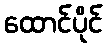
ထောင်ပိုင်